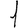
Digit: 1